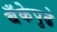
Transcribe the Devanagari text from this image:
बँकेपुढे